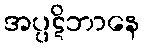
အပ္ပဋိဘာနေ